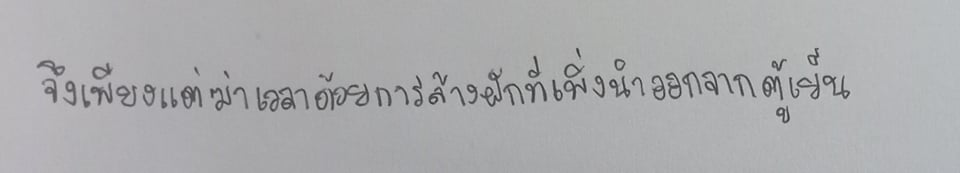
จึงเพียงแต่ฆ่าเวลาด้วยการล้างผักที่เพิ่งนำออกจากตู้เย็น